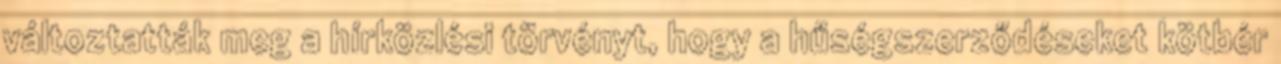
változtatták meg a hírközlési törvényt, hogy a hűségszerződéseket kötbér